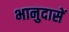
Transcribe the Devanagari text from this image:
भानुदासें